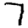
Digit: 7